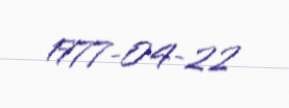
1977-04-22